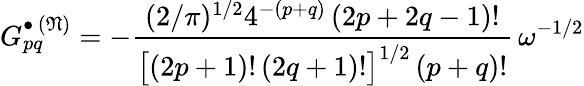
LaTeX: G_{pq}^{\bullet\, (\mathfrak{N})}=-\frac{(2/\pi)^{1/2}4^{-(p+q)}\, (2p+2q-1)!}{\bigl[(2p+1)!\, (2q+1)!\bigr]^{1/2}\, (p+q)!}\, \omega^{-1/2}